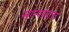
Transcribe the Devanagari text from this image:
सार्‍यांनाच